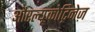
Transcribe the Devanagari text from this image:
औरल्यूकोट्रिनेज़